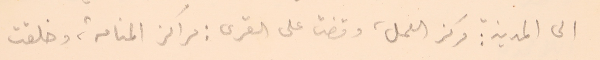
الى المدينة مركز العمل، وقضت على القرى: مراكز المنامة، وخلقت